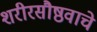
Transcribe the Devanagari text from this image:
शरीरसौष्ठवाचे